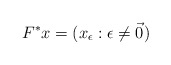
\begin{align*}F^* x = (x_\epsilon : \epsilon \ne \vec 0)\end{align*}